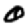
Digit: 0